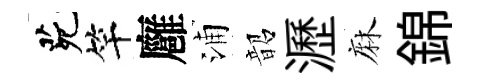
茕竿廱浦韶瀝麻錦